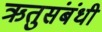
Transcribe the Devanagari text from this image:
ऋतुसंबंधी